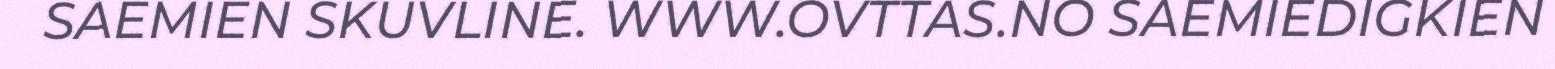
SAEMIEN SKUVLINE. WWW.OVTTAS.NO SAEMIEDIGKIEN